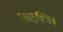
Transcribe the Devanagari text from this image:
ग्लाइक्सिम